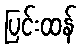
ပြင်းထန်